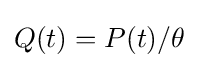
Q(t)=P(t)/\theta